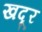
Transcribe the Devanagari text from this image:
खदूर